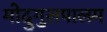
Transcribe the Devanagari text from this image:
मोदुगुलपालम